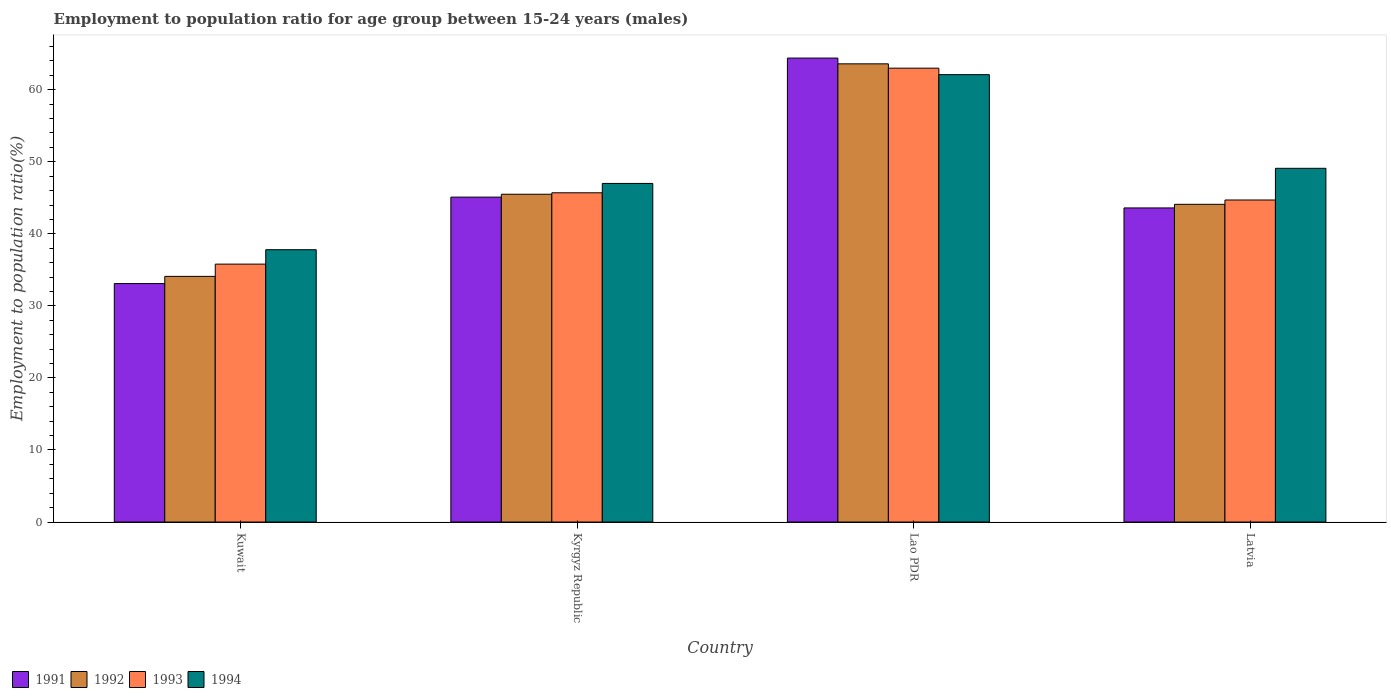
| Country | 1991 | 1992 | 1993 | 1994 |
 | --- | --- | --- | --- | --- |
 | Kuwait | 33.1 | 34.1 | 35.8 | 37.8 |
 | Kyrgyz Republic | 45.1 | 45.5 | 45.7 | 47 |
 | Lao PDR | 64.4 | 63.6 | 63 | 62.1 |
 | Latvia | 43.6 | 44.1 | 44.7 | 49.1 |